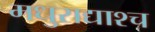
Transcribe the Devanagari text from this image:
मधुराद्याश्च